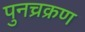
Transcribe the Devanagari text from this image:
पुनच्रक्रण